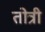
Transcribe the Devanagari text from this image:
तोत्री